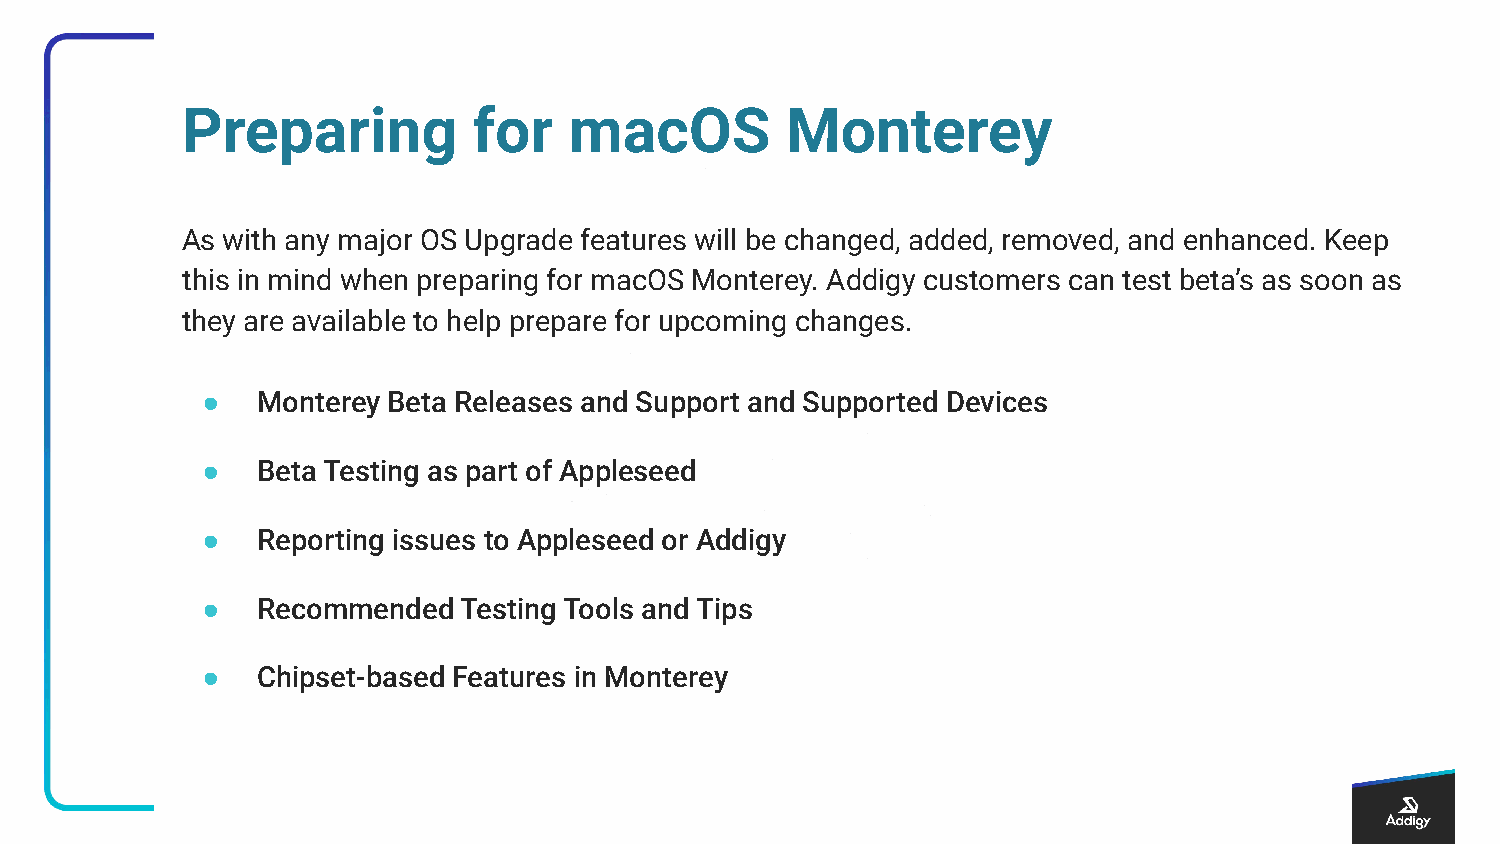
Preparing          for    macOS         Monterey
 As with any major OS Upgrade features will be changed, added, removed, and enhanced. Keep
 this in mind when preparing for macOS Monterey. Addigy customers can test beta’s as soon as
 they are available to help prepare for upcoming changes.
 ●   Monterey Beta Releases and Support and Supported Devices
 ●   Beta Testing as part of Appleseed
 ●   Reporting issues to Appleseed or Addigy
 ●   Recommended  Testing Tools and Tips
 ●   Chipset-based Features in Monterey